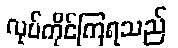
လုပ်ကိုင်ကြရသည်